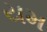
યમ